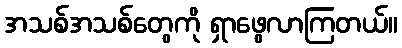
အသစ်အသစ်တွေကို ရှာဖွေလာကြတယ်။